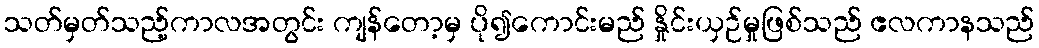
သတ်မှတ်သည့်ကာလအတွင်း ကျန်တော့မှ ပို၍ကောင်းမည် နှိုင်းယှဉ်မှုဖြစ်သည် ဧလကာနသည်